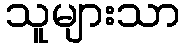
သူများသာ